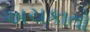
અચકાતો